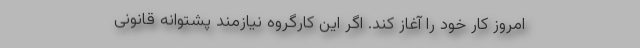
امروز کار خود را آغاز کند. اگر این کارگروه نیازمند پشتوانه قانونی